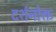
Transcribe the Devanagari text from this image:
दर्शनोक्त